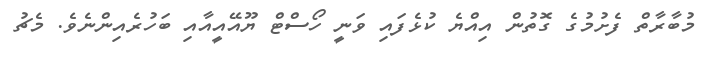
މުބާރާތް ފެށުމުގެ ގޮތުން އިއްޔެ ކުޅެފައި ވަނީ ހޯސްޓް ޔޫއޭއީއާއި ބަހުރެއިންނެވެ. މެޗު